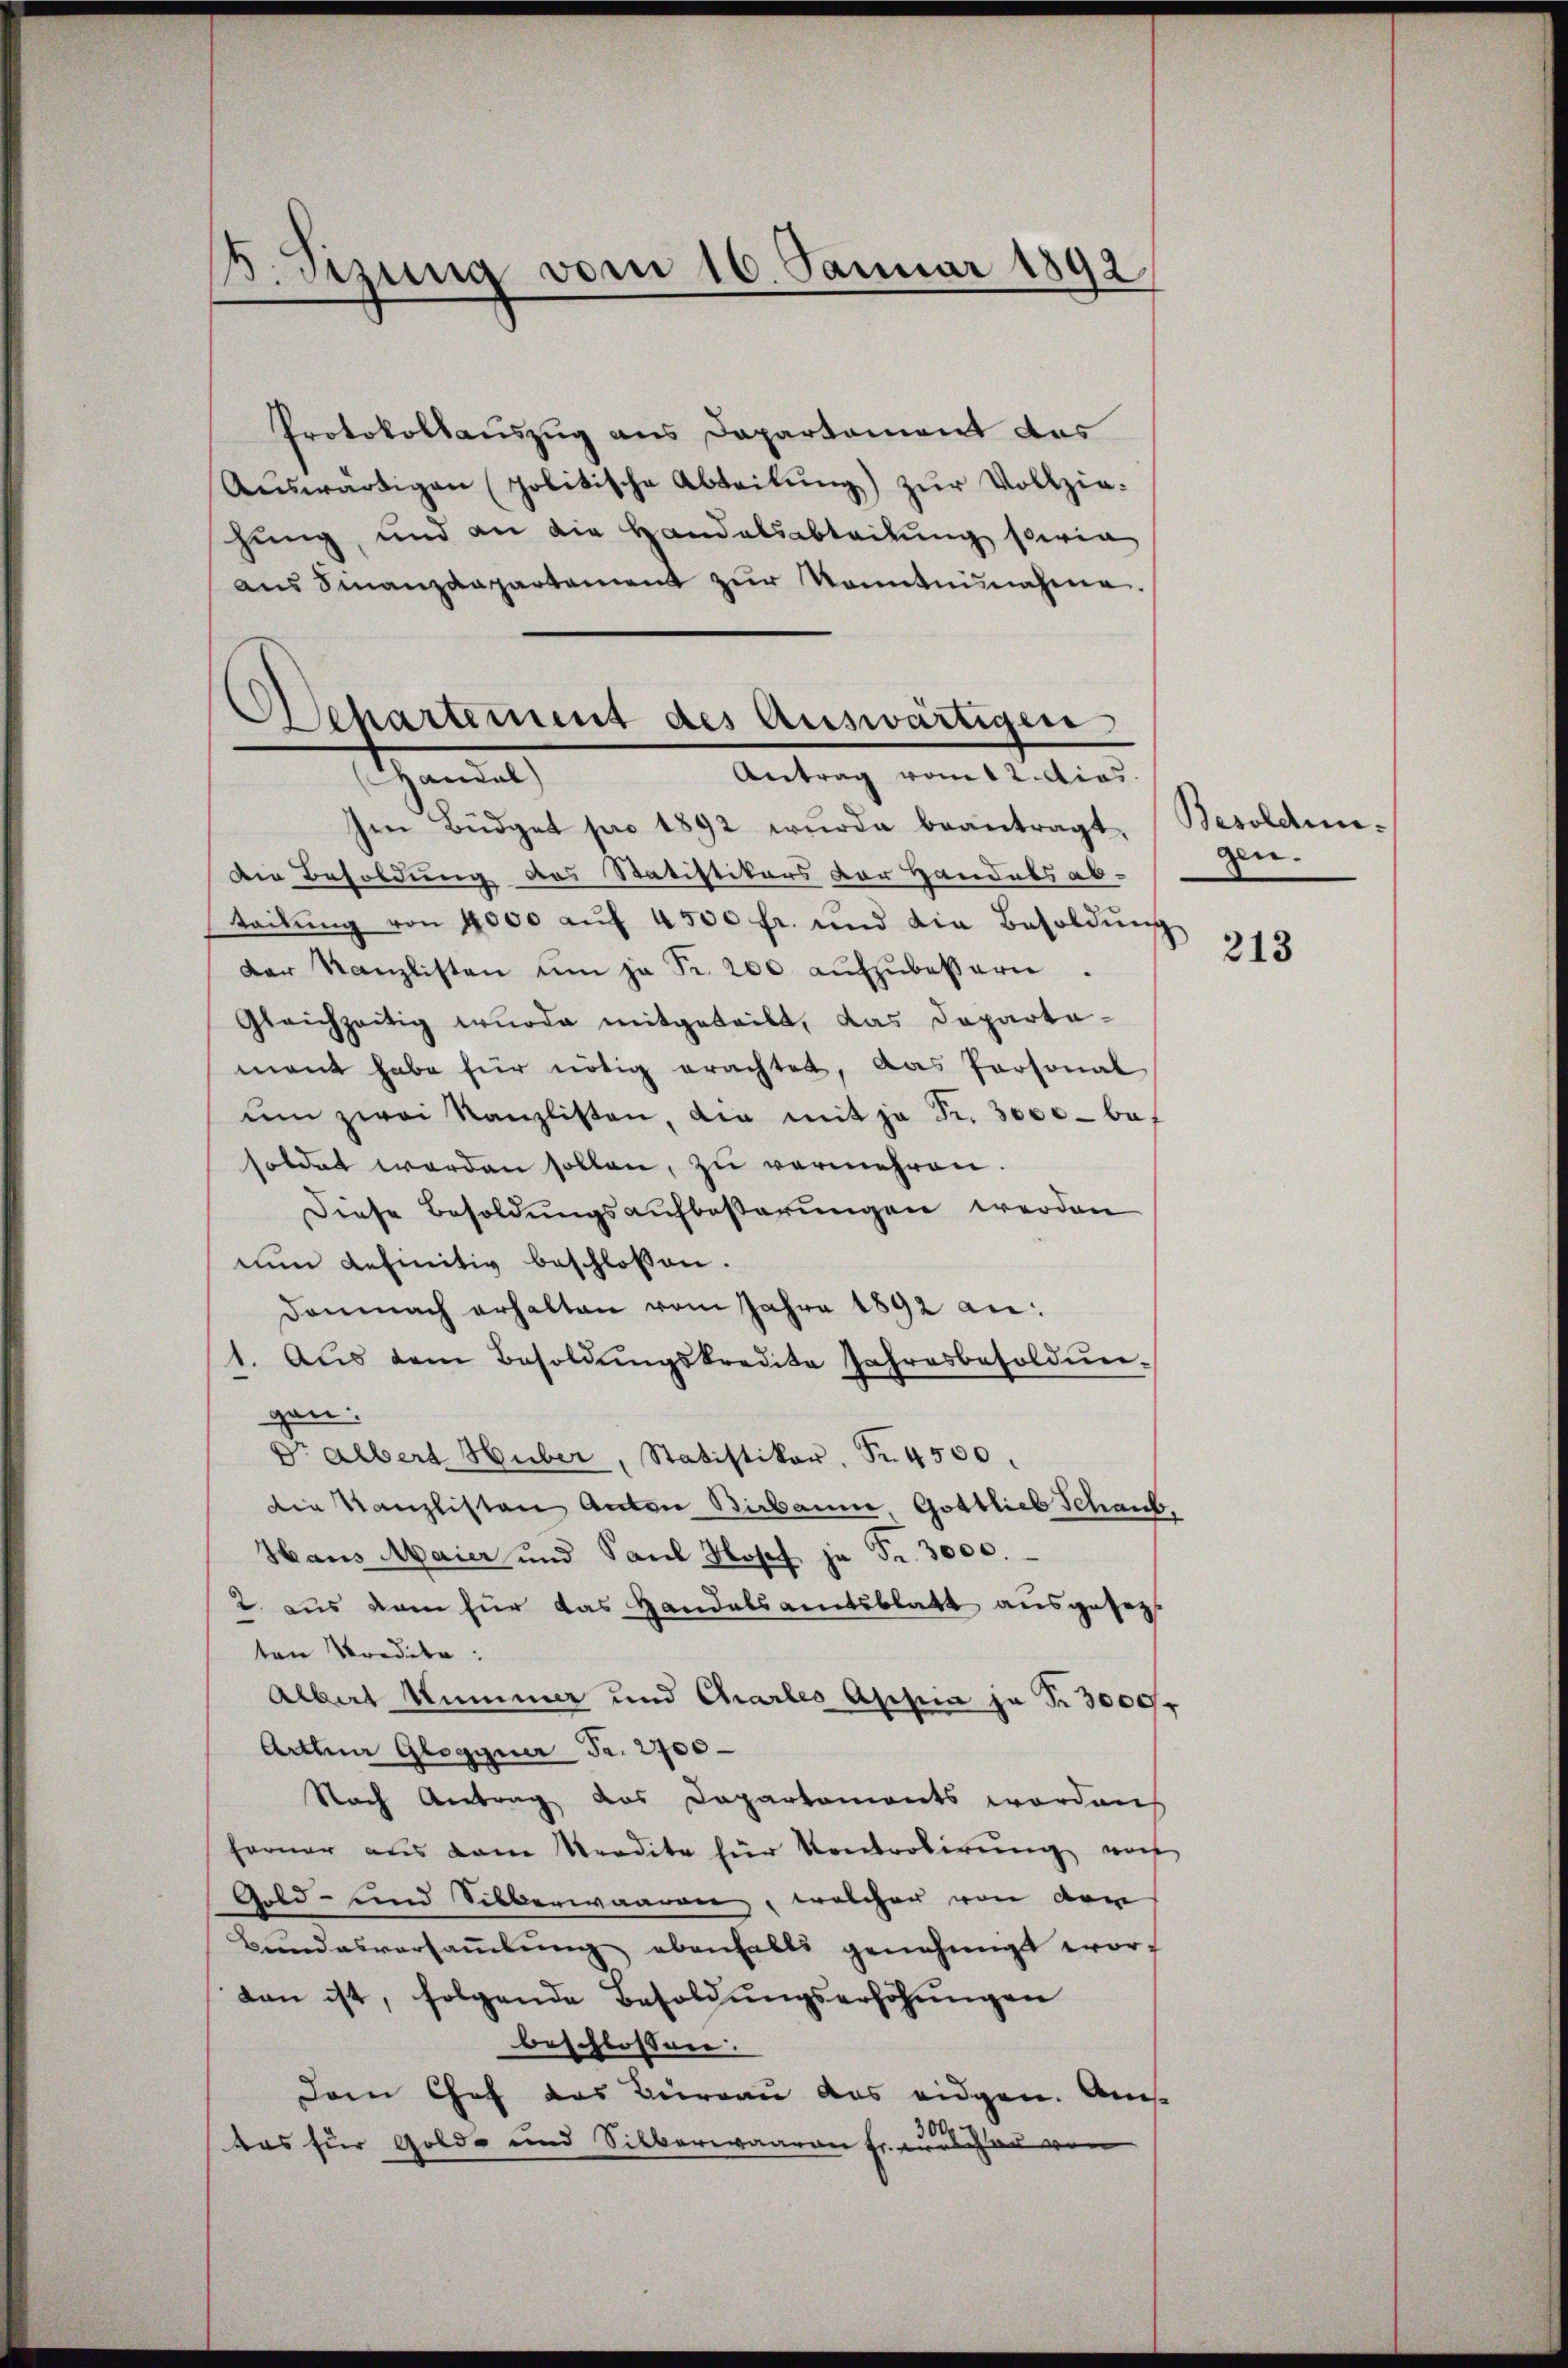
5. Sizung vom 16. Januar 1892

Protokollauszug aus Departement des
Auswärtigen (politische Abteilung) zur Vollzieschung, und an die Handelsabteilung sowie
ans Finanzdepartement zŭr Kenntnisnahme.

Aschartement des Auswärtigen
Antrag vom 12. dies
Hemat

Im Büdget pro 1892 wurde beantragt, Besoldun¬
Die Besoldung des Statistikers der Handabs ab-
teilŭng von 4000 aŭf 4500 fr. und die Besoldŭng
Der Kanzlisten um ja Fr. 200 aŭfzŭbessern.
Gleichzeitig wurde mitgeteilt, das Departamant habe für nötig erachtet, das Personal
ŭm zwei Kanzlisten, die mit ja Fr. 3000 - ba
soldet werden sollen, zu vermehren.
Diese Besoldŭngsaufbesserŭngen werden
nŭn definitiv beschlossen.
Demnach erhalten vom Jahre 1892 an:
1. Aŭs dem Besoldŭngskredite Jahresbesoldŭn-
gen:
Dr Albert Huber, Statistiker, Nr. 4500.
die Kanzlisten Anton Birbaume, Gottlieb Schank
Haus Maier und Paul Josef ja Fr. 3000.
2 aus dem für das Handelsamtsblatt ausgesezt
ten Kredite:
Albar Summer und Chartes Appia ja Fr. 3000
Arthun Glogguer Fr. 2700
Nach Antrag das Dapartements worden
ferner aus dem Kredite für Kontrolirung auf
Geld- und Silberwaaren, welcher von der
Bundesversaṁlŭng ebenfalls genehmigt worten ist, folgende Besoldŭngserhöhŭngen
beschlossen.
Dem Chef das Büreau das eidgen. Ams
das für Gold- und Silberwaaren Fr. erschau vor

gen.

213